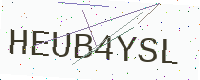
Text: HEUB4YSL